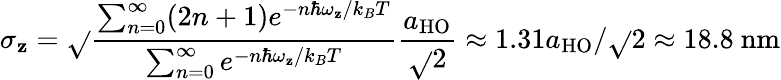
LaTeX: \sigma_{\mathbf{z}}=\sqrt{}{{\frac{{\sum_{n=0}^{\infty}(2n+1)e^{-n\hbar\omega_{\mathbf{z}}/k_{B}T}}}{{\sum_{n=0}^{\infty}e^{-n\hbar\omega_{\mathbf{z}}/k_{B}T}}}}}\frac{{a_{\mathrm{{{HO}}}}}}{{\sqrt{}{{2}}}}\approx1.31a_{\mathrm{{{HO}}}}/\sqrt{}{{2}}\approx18.8~\mathrm{{{nm}}}